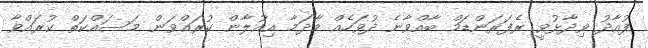
ފުއާދު ވިދާޅުވީ ރެފަރަންޑަމް ބާއްވާނެ ދުވަހެއް މާދަމާ އިއުލާން ކުރައްވަން މަސައްކަތް ކުރައްވާ